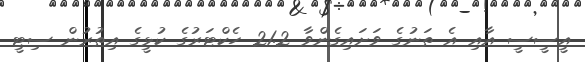
އީސީސީ އާއި އެ ތަނުގެ ވަށައިގެންވާ 21.2 ހެކްޓަރުގެ ކުޅީގެ އިތުރުން ސިޓީ